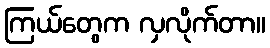
ကြယ်တွေက လှလိုက်တာ။